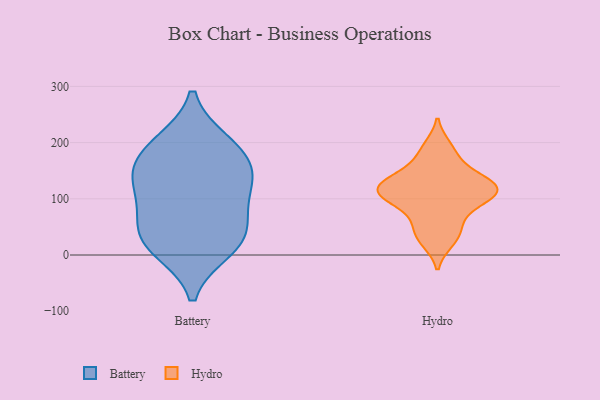
{"axis": {"x": "Inventory Turnover", "y": "Value"}, "legend": ["Battery", "Hydro"], "data": [{"x": "", "y": 120, "type": "Battery"}, {"x": "", "y": 194, "type": "Battery"}, {"x": "", "y": 164, "type": "Battery"}, {"x": "", "y": 80, "type": "Battery"}, {"x": "", "y": 55, "type": "Battery"}, {"x": "", "y": 130, "type": "Battery"}, {"x": "", "y": 146, "type": "Battery"}, {"x": "", "y": 10, "type": "Battery"}, {"x": "", "y": 23, "type": "Battery"}, {"x": "", "y": 200, "type": "Battery"}, {"x": "", "y": 27, "type": "Battery"}, {"x": "", "y": 168, "type": "Hydro"}, {"x": "", "y": 112, "type": "Hydro"}, {"x": "", "y": 62, "type": "Hydro"}, {"x": "", "y": 194, "type": "Hydro"}, {"x": "", "y": 122, "type": "Hydro"}, {"x": "", "y": 97, "type": "Hydro"}, {"x": "", "y": 118, "type": "Hydro"}, {"x": "", "y": 139, "type": "Hydro"}, {"x": "", "y": 135, "type": "Hydro"}, {"x": "", "y": 112, "type": "Hydro"}, {"x": "", "y": 41, "type": "Hydro"}, {"x": "", "y": 23, "type": "Hydro"}, {"x": "", "y": 92, "type": "Hydro"}]}